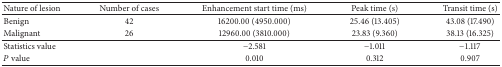
<table><thead><tr><td><b>Nature of lesion</b></td><td><b>Number of cases</b></td><td><b>Enhancement start time (ms)</b></td><td><b>Peak time (s)</b></td><td><b>Transit time (s)</b></td></tr></thead><tbody><tr><td>Benign</td><td>42</td><td>16200.00 (4950.000)</td><td>25.46 (13.405)</td><td>43.08 (17.490)</td></tr><tr><td>Malignant</td><td>26</td><td>12960.00 (3810.000)</td><td>23.83 (9.360)</td><td>38.13 (16.325)</td></tr><tr><td>Statistics value</td><td> </td><td>−2.581</td><td>−1.011</td><td>−1.117</td></tr><tr><td><i>P</i> value</td><td> </td><td>0.010</td><td>0.312</td><td>0.907</td></tr></tbody></table>